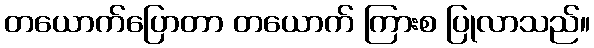
တယောက်ပြောတာ တယောက် ကြားစ ပြုလာသည်။